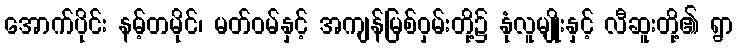
အောက်ပိုင်း နမ့်တမိုင်၊ မတ်ဝမ်နှင့် အကျန်မြစ်ဝှမ်းတို့၌ နုံလူမျိုးနှင့် လီဆူးတို့၏ ရွာ